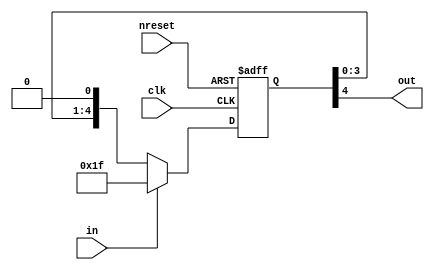
module oh_stretcher #(parameter CYCLES = 5) // "wakeup" cycles
   ( input  clk, // clock
     input  in, // input pulse
     input  nreset, // async active low reset
     output out // stretched output pulse
     );  
   
   reg [CYCLES-1:0] valid;
      
   always @ (posedge clk or negedge nreset)
     if(!nreset)       
       valid[CYCLES-1:0] <='b0;   
     else if(in)
       valid[CYCLES-1:0] <={(CYCLES){1'b1}};   
     else
       valid[CYCLES-1:0] <={valid[CYCLES-2:0],1'b0};

   assign out = valid[CYCLES-1];
   
endmodule